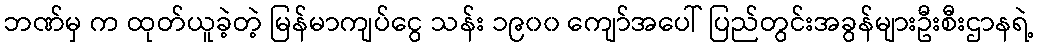
ဘဏ်မှ က ထုတ်ယူခဲ့တဲ့ မြန်မာကျပ်ငွေ သန်း ၁၉၀၀ ကျော်အပေါ် ပြည်တွင်းအခွန်များဦးစီးဌာနရဲ့